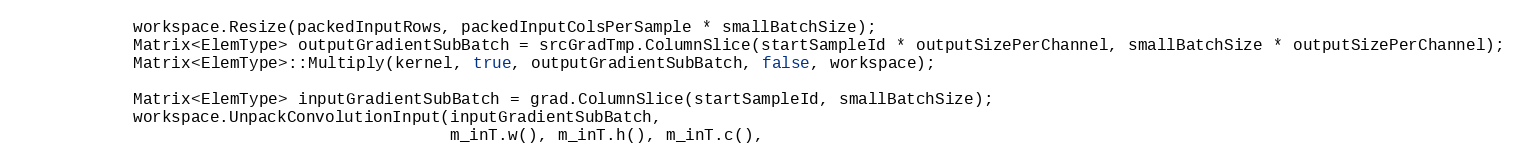
Language: C++
            workspace.Resize(packedInputRows, packedInputColsPerSample * smallBatchSize);
            Matrix<ElemType> outputGradientSubBatch = srcGradTmp.ColumnSlice(startSampleId * outputSizePerChannel, smallBatchSize * outputSizePerChannel);
            Matrix<ElemType>::Multiply(kernel, true, outputGradientSubBatch, false, workspace);

            Matrix<ElemType> inputGradientSubBatch = grad.ColumnSlice(startSampleId, smallBatchSize);
            workspace.UnpackConvolutionInput(inputGradientSubBatch,
                                             m_inT.w(), m_inT.h(), m_inT.c(),